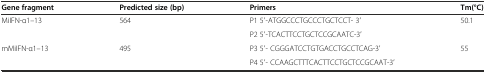
| Gene fragment | Predicted size (bp) | Primers | Tm(°C) |
 | --- | --- | --- | --- |
 | <ROWSPAN=2> MiIFN-α1–13 | <ROWSPAN=2> 564 | P1 5′-ATGGCCCTGCCCTGCTCCT- 3′ | <ROWSPAN=2> 50.1 |
 | P2 5′-TCACTTCCTGCTCCGCAATC-3′ |
 | <ROWSPAN=2> mMiIFN-α1–13 | <ROWSPAN=2> 495 | P3 5′- CGGGATCCTGTGACCTGCCTCAG-3′ | <ROWSPAN=2> 55 |
 | P4 5′- CCAAGCTTTCACTTCCTGCTCCGCAAT-3′ |